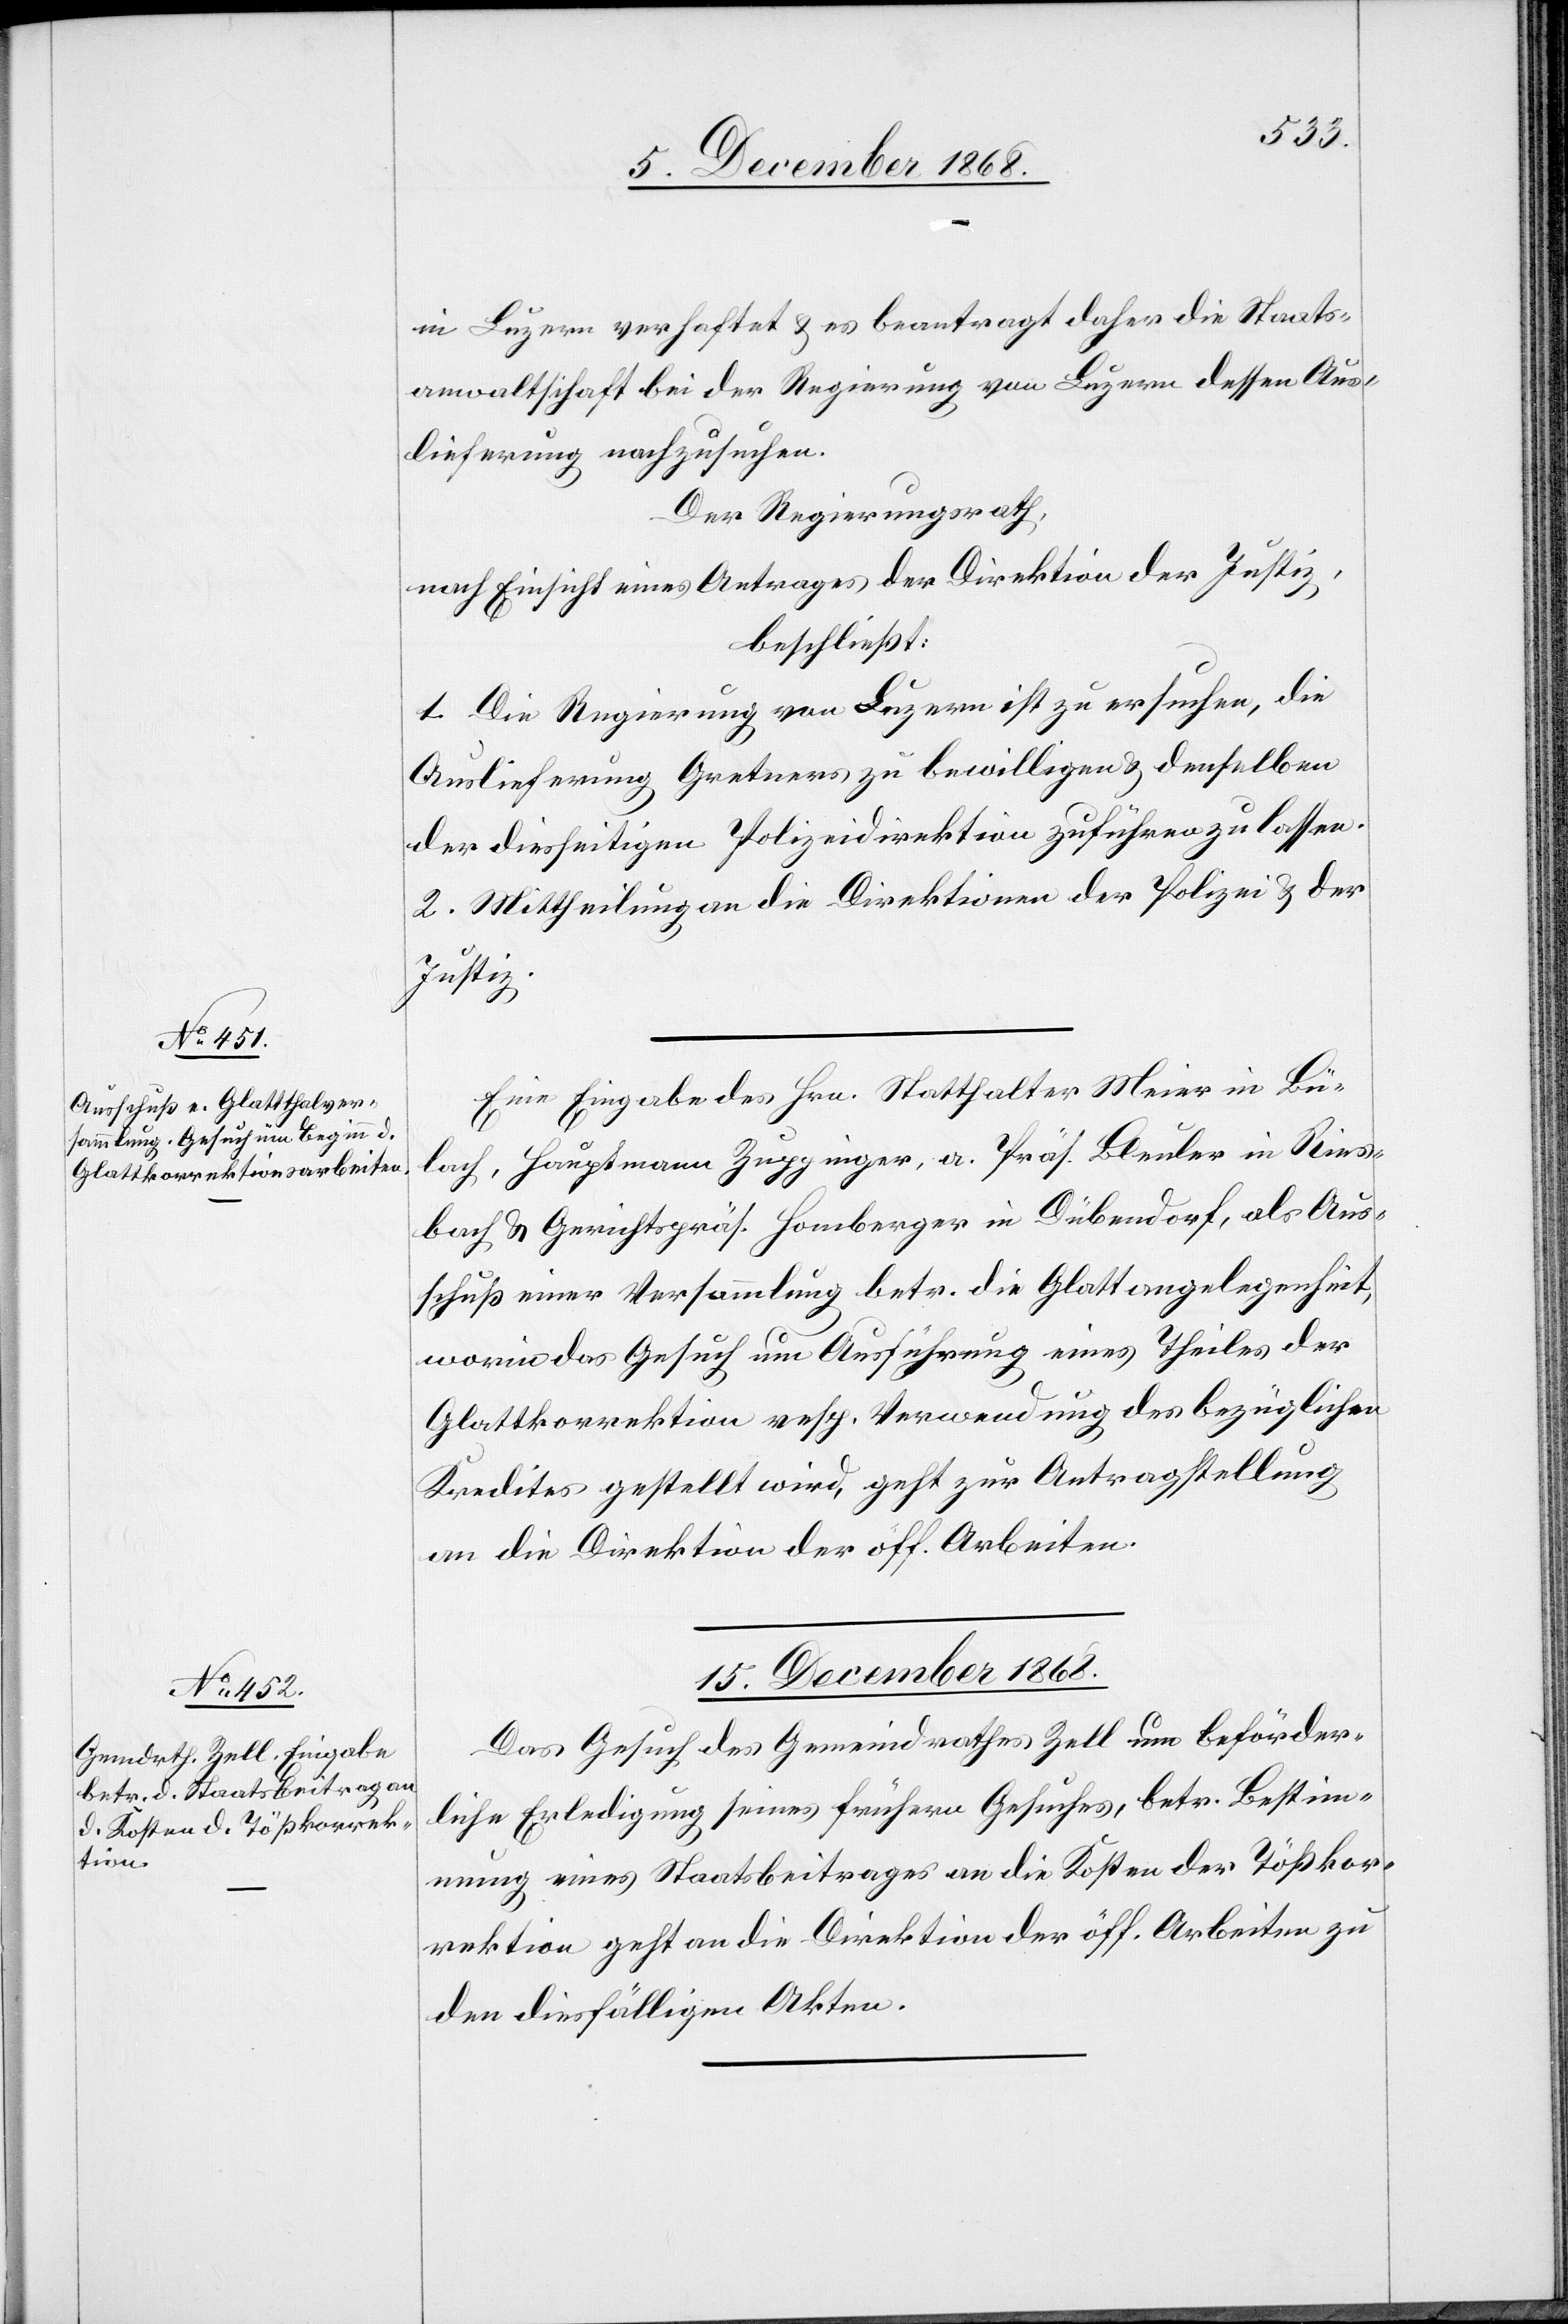
in Luzern verhaftet & es beantragt daher die Staats¬
anwaltschaft bei der Regierung von Luzern dessen Aus¬
lieferung nachzusuchen.
Der Regierungsrath,
nach Einsicht eines Antrages der Direktion der Justiz,
beschließt:
1. Die Regierung von Luzern ist zu ersuchen, die
Auslieferung Gretners zu bewilligen & denselben
der diesseitigen Polizeidirektion zuführen zu lassen.
2. Mittheilung an die Direktionen der Polizei & der
Justiz.
Eine Eingabe des Hrn. Statthalter Meier in Bü¬
lach, Hauptmann Zuppinger, a. Präs. Bleuler in Ries¬
bach & Gerichtspräs. Homberger in Dübendorf, als Aus¬
schuß einer Versammlung betr. die Glattangelegenheit,
worin das Gesuch um Ausführung eines Theiles der
Glattkorrektion resp. Verwendung des bezüglichen
Kredites gestellt wird, geht zur Antragstellung
an die Direktion der öff. Arbeiten.
15. December 1868.
Das Gesuch des Gemeindrathes Zell um beförder¬
liche Erledigung seines frühern Gesuches, betr. Bestim¬
mung eines Staatsbeitrages an die Kosten der Tößkor¬
rektion geht an die Direktion der öff. Arbeiten zu
den diesfälligen Akten.